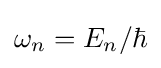
\omega _{n}=E_{n}/\hbar